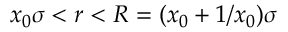
x _ { 0 } \sigma < r < R = ( x _ { 0 } + 1 / x _ { 0 } ) \sigma